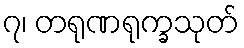
၇၊ တရုဏရုက္ခသုတ်